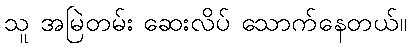
သူ အမြဲတမ်း ဆေးလိပ် သောက်နေတယ်။